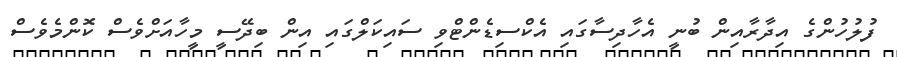
ފުލުހުންގެ އިދާރާއިން ބުނީ އެހާދިސާގައި އެކްސިޑެންޓްވި ސައިކަލްގައި އިން ބިދޭސީ މީހާއަށްވެސް ކޮންމެވެސް